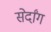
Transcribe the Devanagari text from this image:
सेर्दांग